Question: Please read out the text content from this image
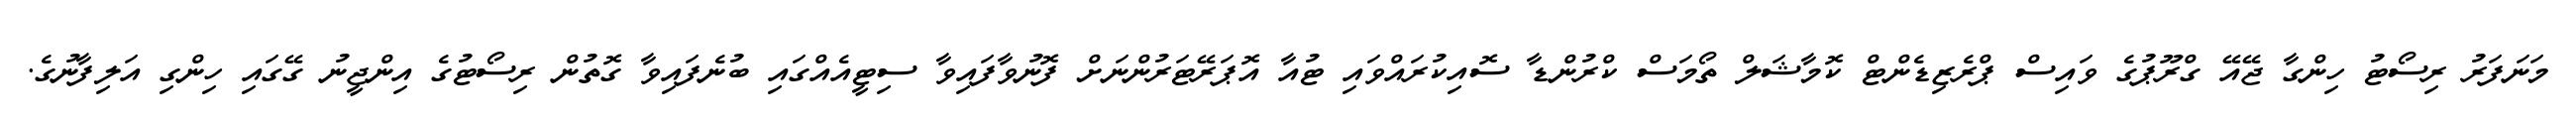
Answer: މަނަފަރު ރިސޯޓު ހިންގާ ޖޭއޭ ގްރޫޕުގެ ވައިސް ޕްރެޒިޑެންޓް ކޮމާޝަލް ތޯމަސް ކްރުންޑާ ސޮއިކުރައްވައި ޓުއާ އޮޕަރޭޓަރުންނަށް ފޮނުވާފައިވާ ސިޓީއެއްގައި ބުނެފައިވާ ގޮތުން ރިސޯޓުގެ އިންޖީނު ގޭގައި ހިންގި އަލިފާނުގެ.